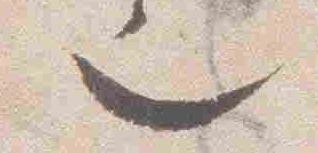
也